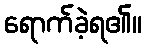
ရောက်ခဲ့ရ၏။